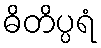
ဓိတိပ္ပရံ